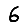
Digit: 6